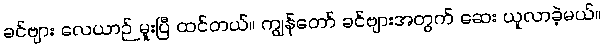
ခင်ဗျား လေယာဉ် မူးပြီ ထင်တယ်။ ကျွန်တော် ခင်ဗျားအတွက် ဆေး ယူလာခဲ့မယ်။